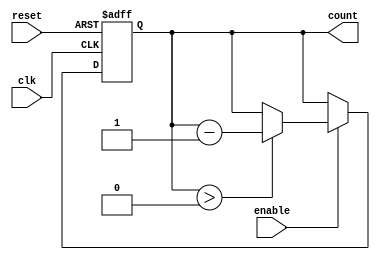
module down_counter (
    input wire clk,           // Clock signal
    input wire enable,        // Enable signal
    input wire reset,         // Asynchronous reset signal
    output reg [3:0] count    // Current count value (4 bits for max value of 15)
);

    // Parameter for maximum value (15)
    parameter MAX_VALUE = 15;

    // Asynchronous reset and counting logic
    always @(posedge clk or posedge reset) begin
        if (reset) begin
            count <= MAX_VALUE; // Reset to maximum value
        end else if (enable) begin
            if (count > 0) begin
                count <= count - 1; // Decrement the count
            end
            // If count is already 0, it remains 0
        end
        // If enable is low, count retains its value
    end

endmodule